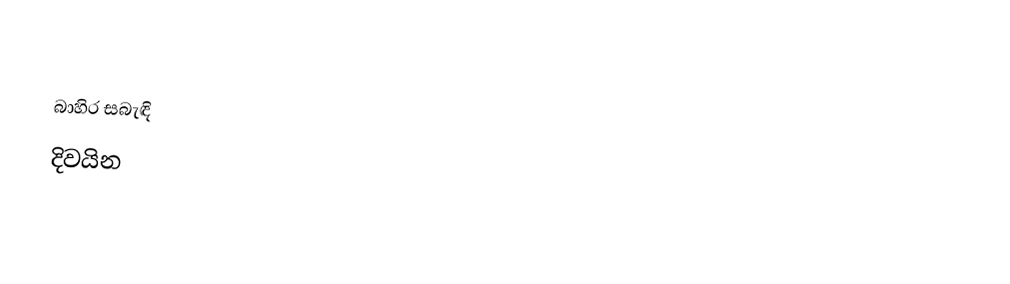

බාහිර සබැඳි
 දිවයින